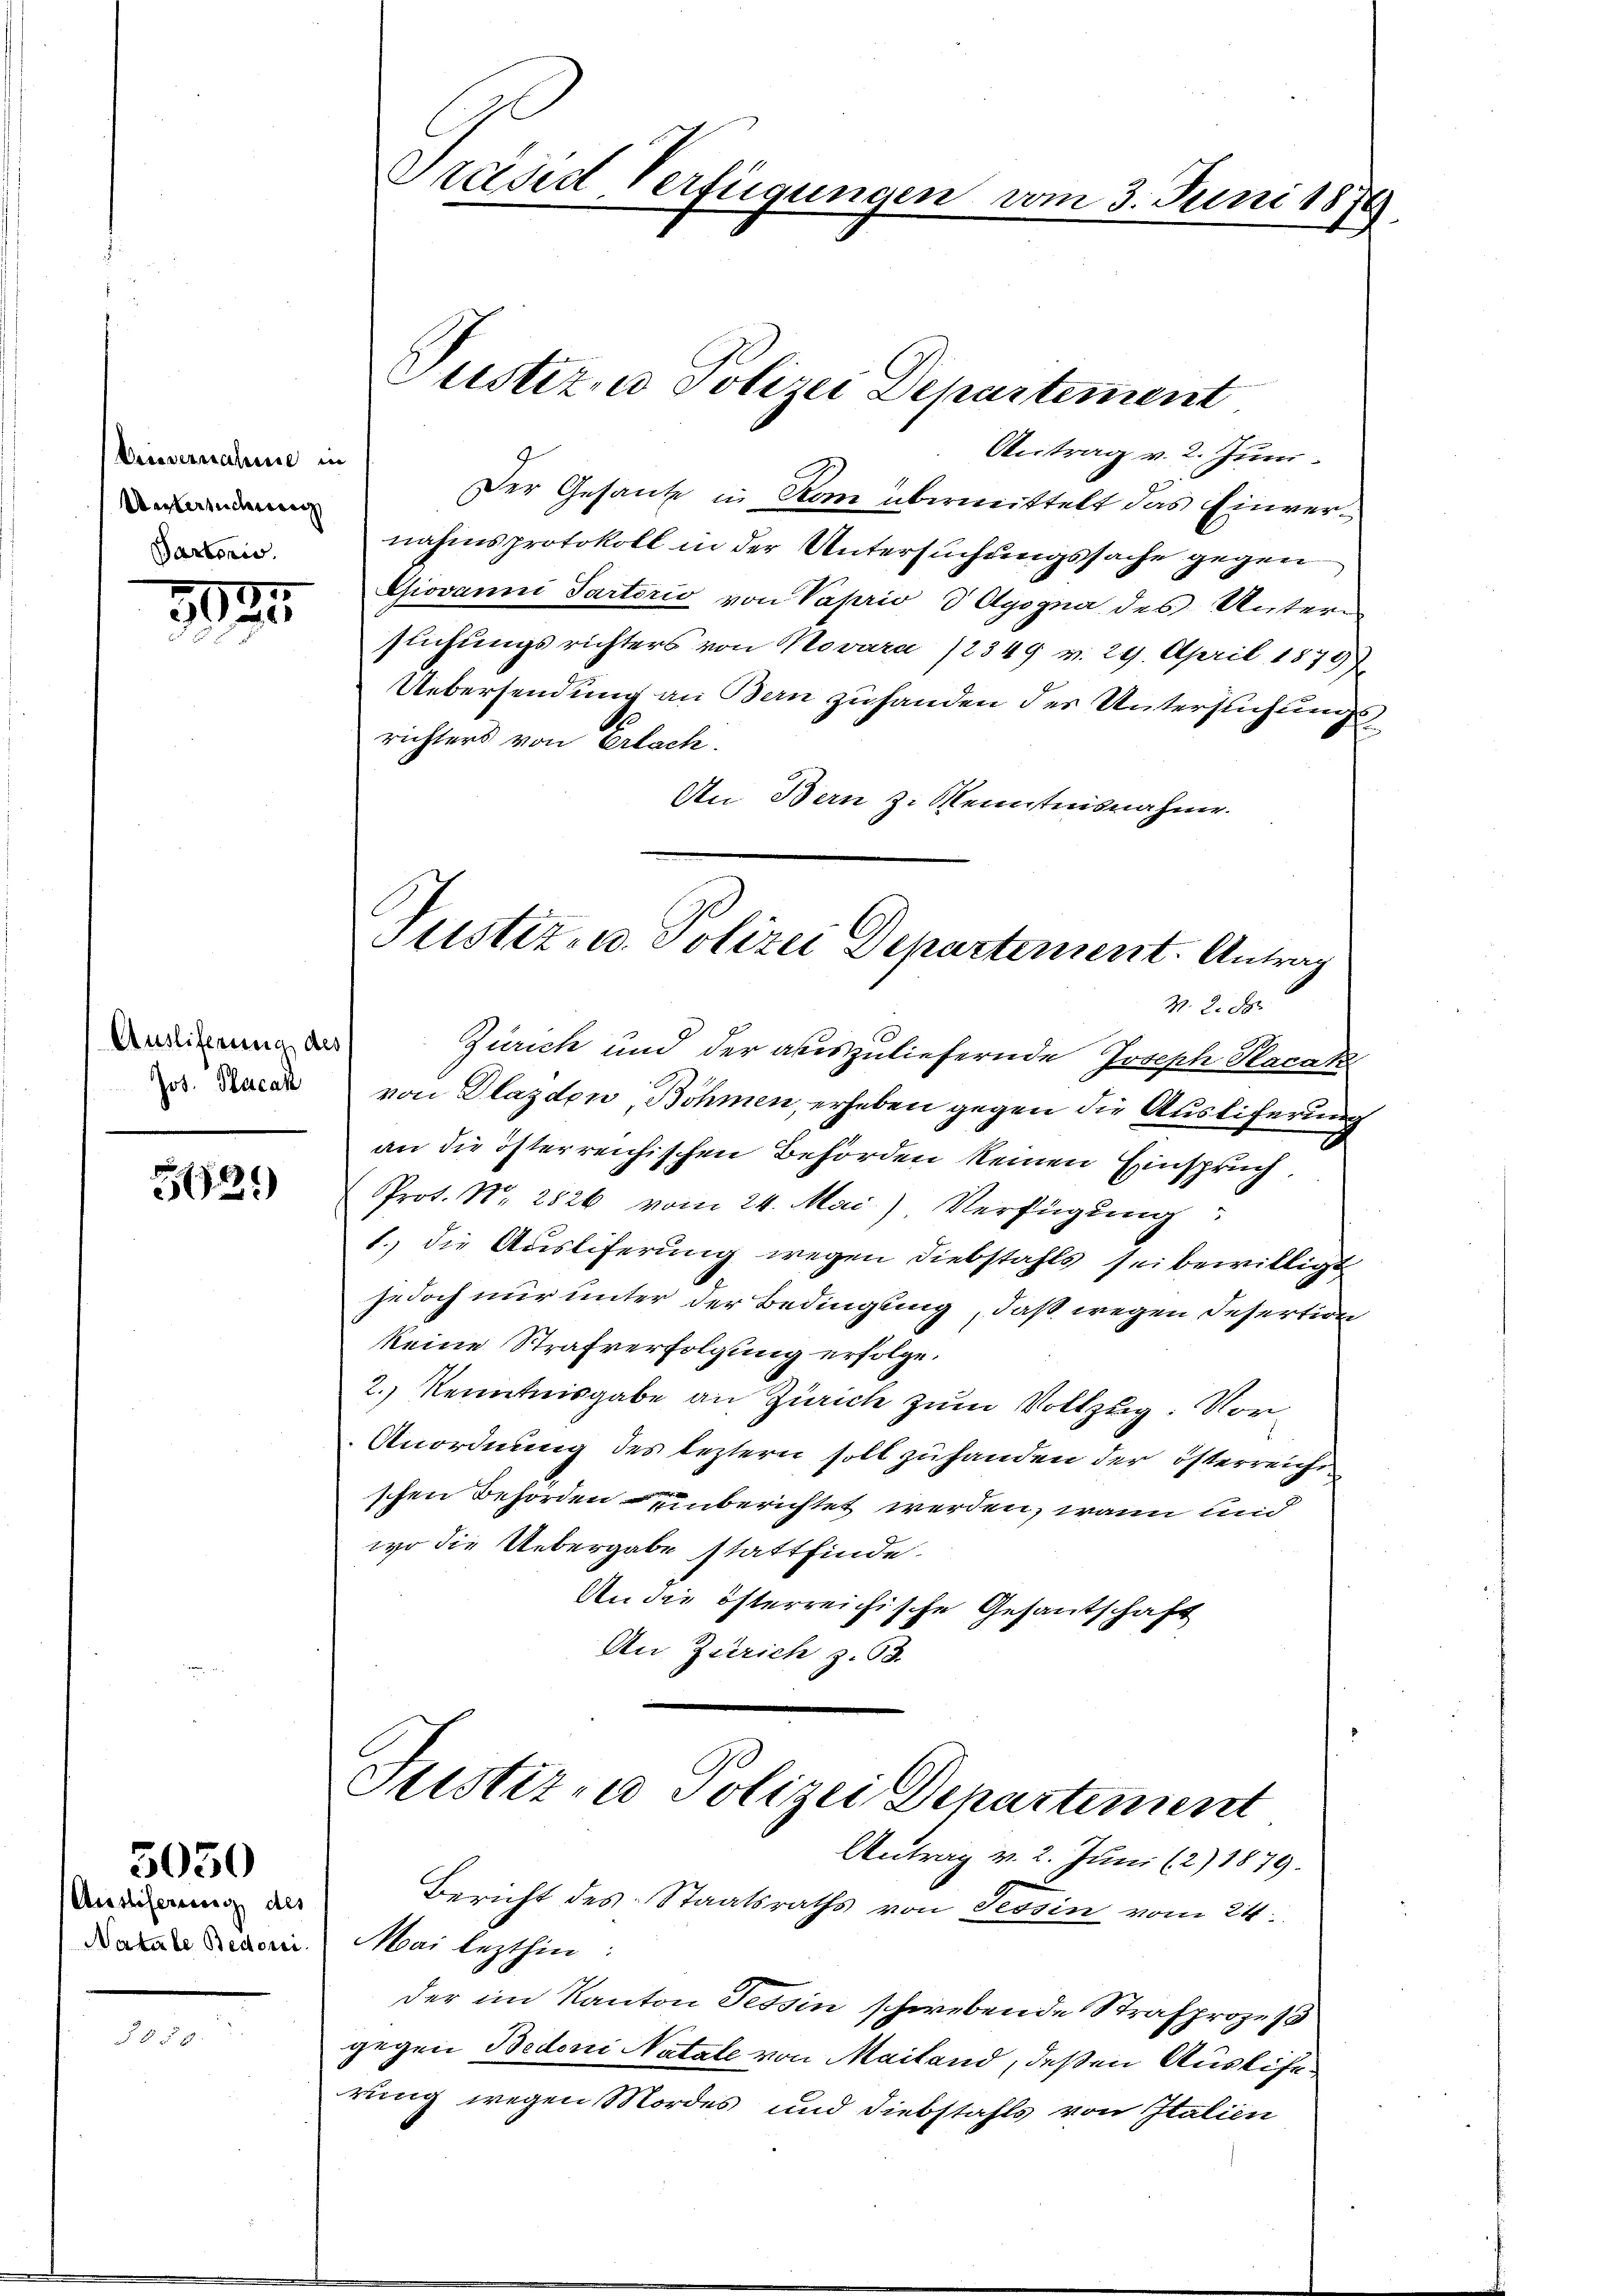
Veisvernahme in
Untersuchung
Partonis.

1825

Auslieferung des
Jos. Placan

529)

5050

Auslieferung des
Natale Bedorci

8

Präsid Verfügungen vom 3. Juni 187

Justiz- u Polizei Departement

Antrag v. 2. Juni.
Der Gesante in Rom übermittelt das Einvernahmsprotokoll in der Untersuchungssache gegen
Giovanni Parterio von Vaprio d Agogna des Untern
flichungsrichters von Novara /2349 v. 29. April 1879)
Uebersendung an Bern zuhanden der Untersuchungsrichters von Erlach.
An Bern z. Kenntnisnahme.
M. 2. d.
Zürich und der auszuliefernde Joseph Pacak
von Dlazden, Böhmen, erheben gegen die Austiferung
an die österreichischen Behörden keinen Einspruch,
Prot. Nr. 2826 vom 24. Mai) Verfügung:
1. die Ausliferung wegen Diebstahls sei bewilligt
jedoch nur unter der Bedingung, daß wegen Desertion
keine Strafverfolgung erfolge.
2.) Kenntnisgabe an Zürich zum Vollzug: Vor¬
Anordnung des leztern soll zuhanden der österreiche
schen Behörden einberichtet werden, wann und
wo die Uebergabe stattfinde.
An die österreichische Gesantschaft
An Zürich z. 63.
Justizen Polizei Departiment
Antrag v. 2. Juni (2) 1879.
Bericht des Staatsraths von Tessin vom 24.
Mai lezthin:
der im Kanton Tessin schwebende Strafprozes
gegen Bedoni Natale von Mailand, deßen Auslife
rung wegen Mordes und Diebstahls von Italien

Justiz- u. Polizei Departement. Antrag